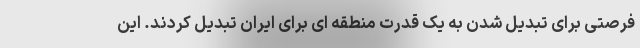
فرصتی برای تبدیل شدن به یک قدرت منطقه ای برای ایران تبدیل کردند. این